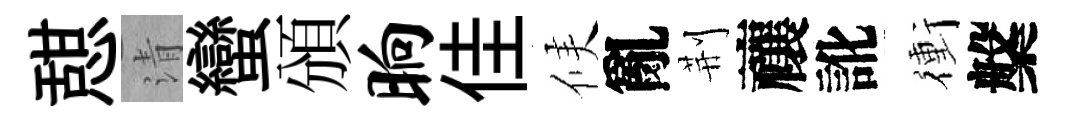
憇清蠻頒晌佳候亂荆禳訛衝槃